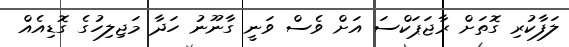
ލަފާކުރި ގޮތަށް ރާޖަޕަކްސަ އަށް ވެސް ވަނީ ގާނޫނު ހަދާ މަޖިލިހުގެ ގޮޑިއެއް